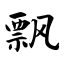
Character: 飘